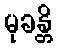
မုခန္တိ